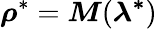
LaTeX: \boldsymbol{\rho}^{*}=\boldsymbol{M}(\boldsymbol{\lambda^{*}})